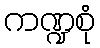
ကဏ္ဍစုံ